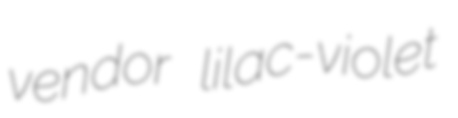
vendor lilac-violet